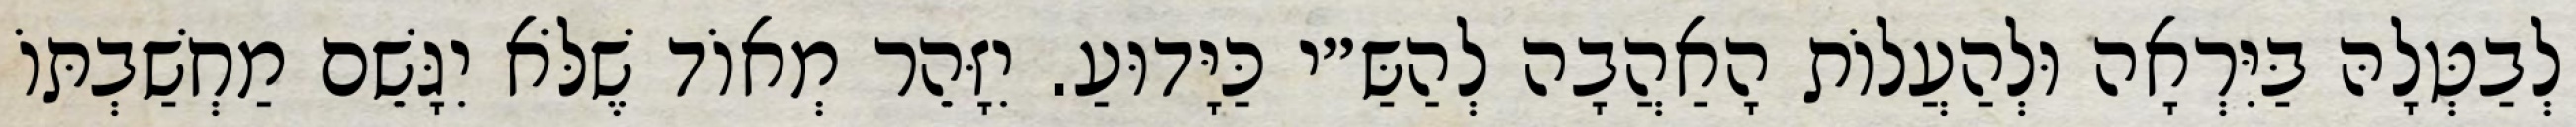
לְבַטְּלָהּ בַּיִּרְאָה וּלְהַעֲלוֹת הָאַהֲבָה לְהַשַּ״י כַּיָּדוּעַ. יִזָּהֵר מְאוֹד שֶׁלֹּא יִגָּשֵׁם מַחְשַׁבְתּוֹ